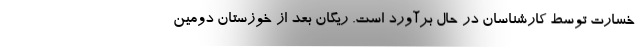
خسارت توسط کارشناسان در حال برآورد است. ریگان بعد از خوزستان دومین